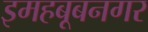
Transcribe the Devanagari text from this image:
इमहबूबनगर